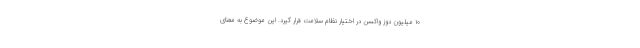
۱۰ میلیون دوز واکسن در اختیار نظام سلامت قرار گیرد. این موضوع به معنای